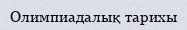
Олимпиадалық тарихы